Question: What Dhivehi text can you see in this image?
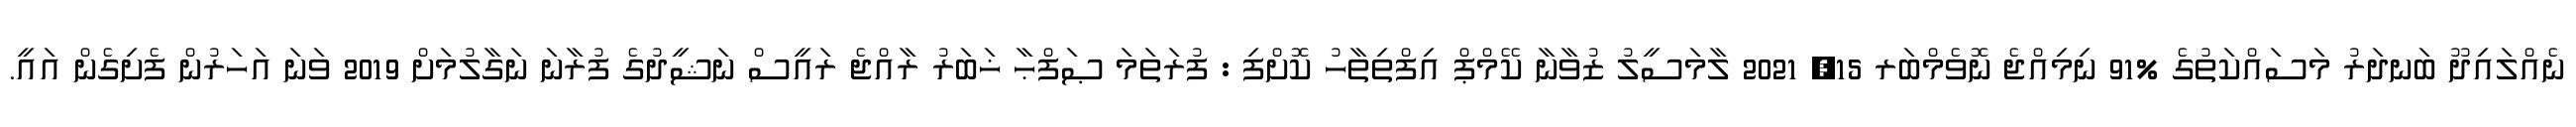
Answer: ނެއްލައިދޫ ބަނދަރު މަސައްކަތުގެ %91 ނިމިއްޖެ ނޮވެމްބަރ 15, 2021 ލާމަސީލު ޒުވާނާ ކޭމްޕް އިފްތިތާހު ކޮށްފި : ފުރަތަމަ ޞަފްޙާ ޚަބަރު ރާއްޖެ ރައީސް ނަޝީދުގެ ފުރާނަ ނަގާލުމަށް 2019 ވަނަ އަހަރުން ފެށިގެން އައީ.